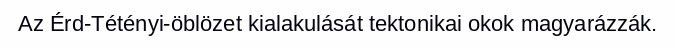
Az Érd-Tétényi-öblözet kialakulását tektonikai okok magyarázzák.